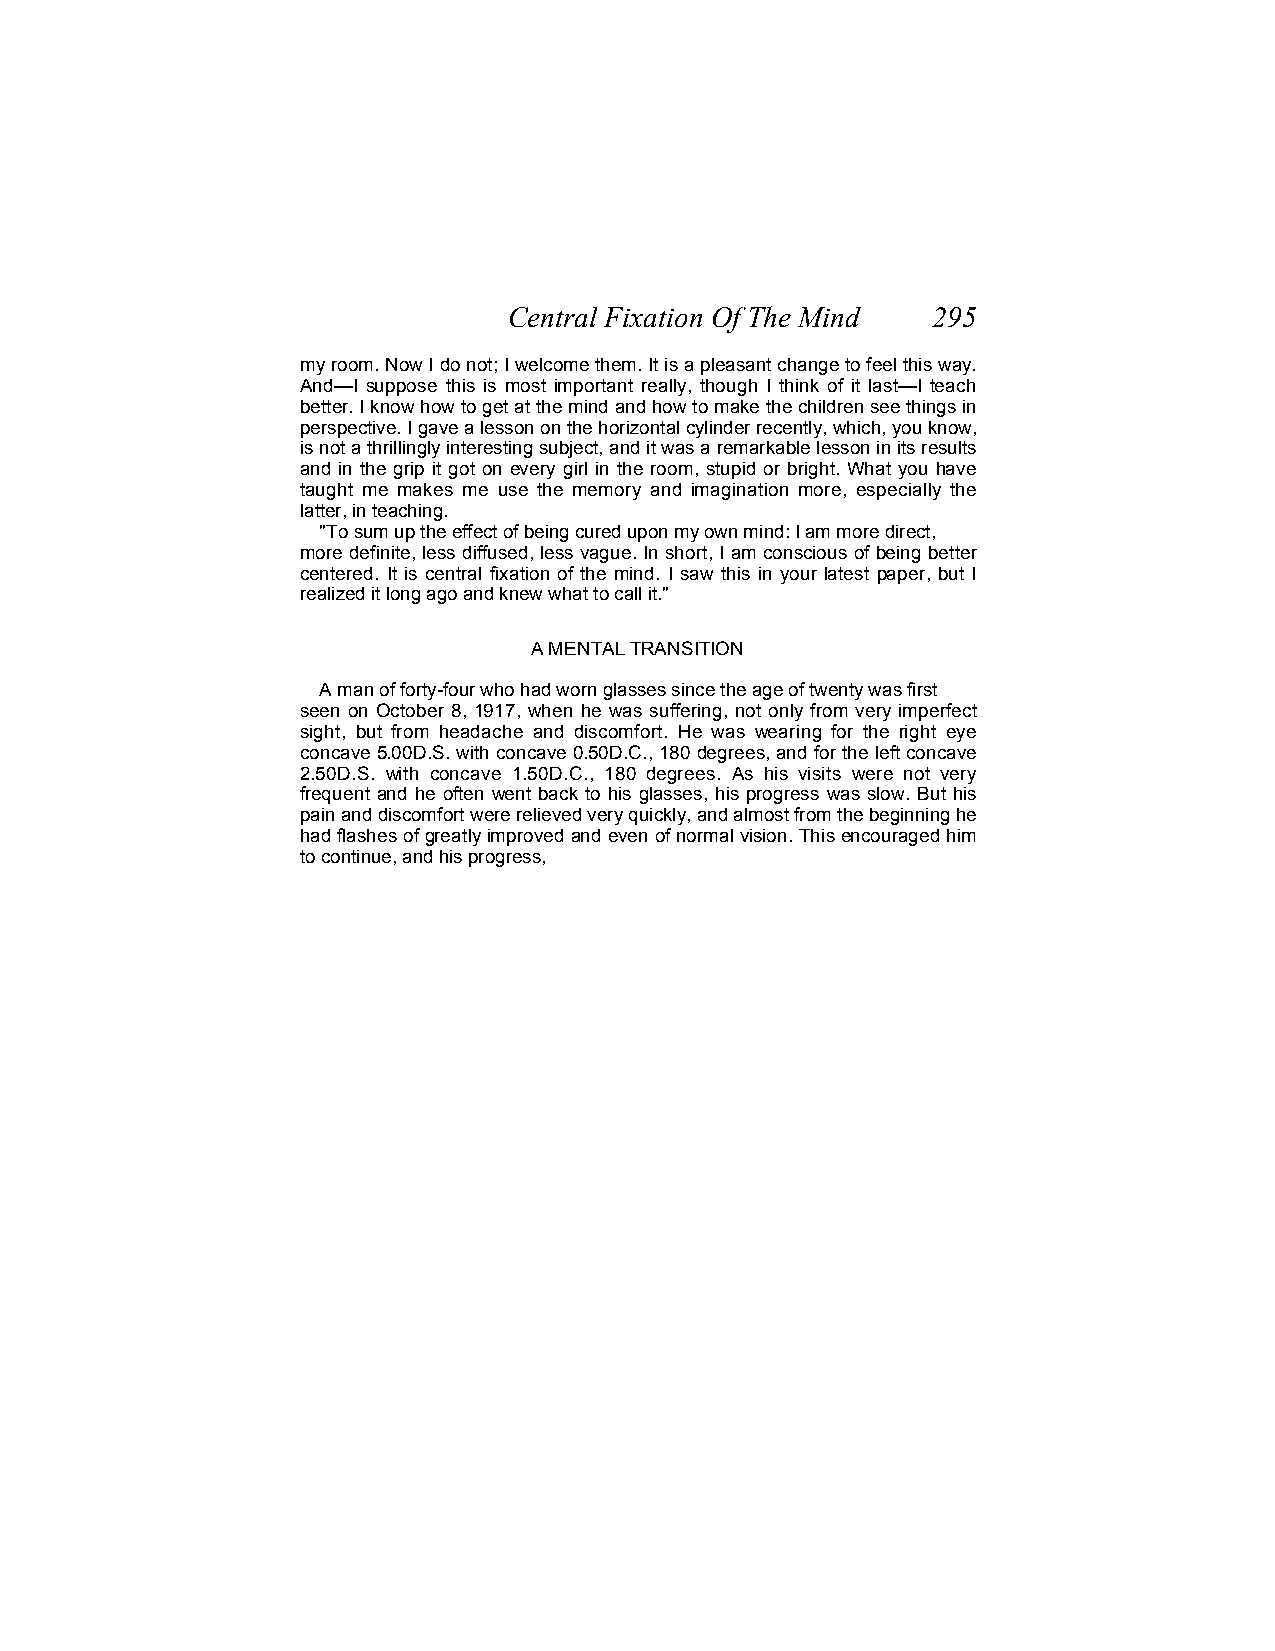
Central Fixation Of The Mind 295
 my room. Now I do not; I welcome them. It is a pleasant change to feel this way.
 And—I suppose this is most important really, though I think of it last—I teach
 better. I know how to get at the mind and how to make the children see things in
 perspective. I gave a lesson on the horizontal cylinder recently, which, you know,
 is not a thrillingly interesting subject, and it was a remarkable lesson in its results
 and in the grip it got on every girl in the room, stupid or bright. What you have
 taught me makes me use the memory and imagination more, especially the
 latter, in teaching.
 "To sum up the effect of being cured upon my own mind: I am more direct,
 more definite, less diffused, less vague. In short, I am conscious of being better
 centered. It is central fixation of the mind. I saw this in your latest paper, but I
 realized it long ago and knew what to call it."
 A MENTAL TRANSITION
 A man of forty-four who had worn glasses since the age of twenty was first
 seen on October 8, 1917, when he was suffering, not only from very imperfect
 sight, but from headache and discomfort. He was wearing for the right eye
 concave 5.00D.S. with concave 0.50D.C., 180 degrees, and for the left concave
 2.50D.S. with concave 1.50D.C., 180 degrees. As his visits were not very
 frequent and he often went back to his glasses, his progress was slow. But his
 pain and discomfort were relieved very quickly, and almost from the beginning he
 had flashes of greatly improved and even of normal vision. This encouraged him
 to continue, and his progress,